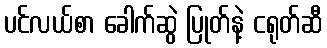
ပင်လယ်စာ ခေါက်ဆွဲ ပြုတ်နဲ့ ငရုတ်ဆီ